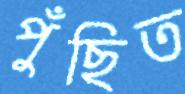
পুঁছিত